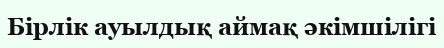
Бірлік ауылдық аймақ әкімшілігі